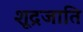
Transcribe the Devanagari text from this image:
शूद्रजाति